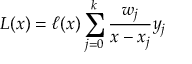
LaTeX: L ( x ) = \ell ( x ) \sum _ { j = 0 } ^ { k } { \frac { w _ { j } } { x - x _ { j } } } y _ { j }